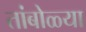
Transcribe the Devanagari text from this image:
तांबोळ्या